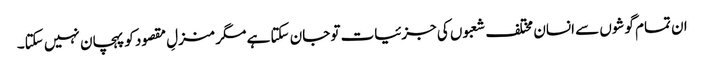
ان تمام گوشوں سے انسان مختلف شعبوں کی جزئیات تو جان سکتا ہے مگر منزلِ مقصود کو پہچان نہیں سکتا۔